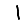
Digit: 1